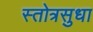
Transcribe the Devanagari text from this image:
स्तोत्रसुधा